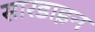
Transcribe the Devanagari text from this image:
सारडाइन